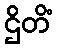
ဌိတိံ